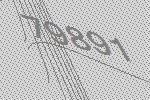
79891